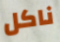
ناكل